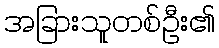
အခြားသူတစ်ဦး၏